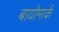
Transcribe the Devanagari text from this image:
बायोमार्क